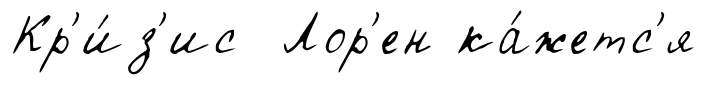
Кр'и́з'ис Лор'ен ка́жетс'я